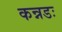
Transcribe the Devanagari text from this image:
कन्नडः